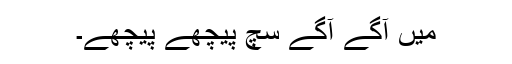
میں آگے آگے سچ پیچھے پیچھے۔